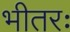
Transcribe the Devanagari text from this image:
भीतरः